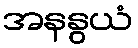
အနနွယံ